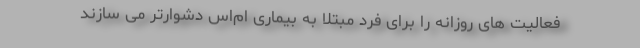
فعالیت های روزانه را برای فرد مبتلا به بیماری ام‌اس دشوارتر می سازند